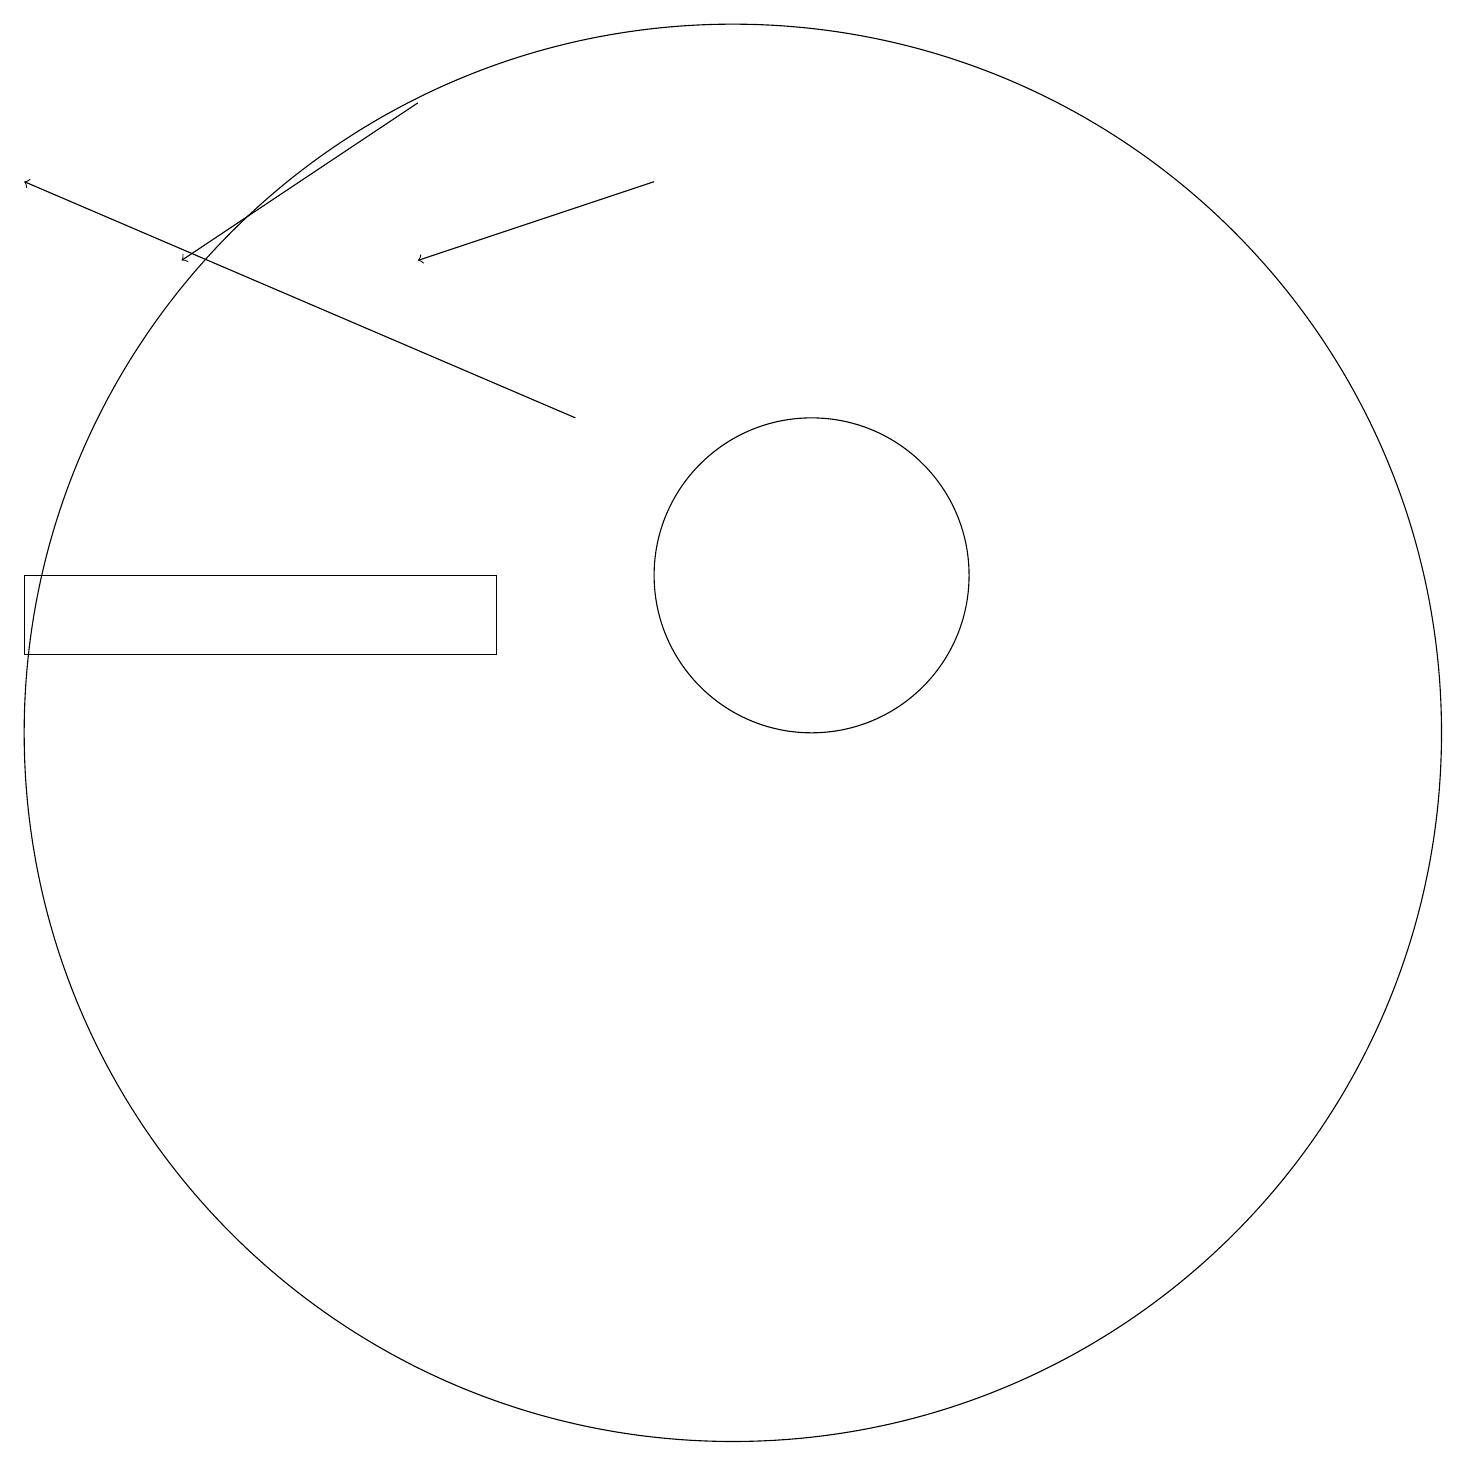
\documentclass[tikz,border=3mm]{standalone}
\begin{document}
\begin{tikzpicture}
\draw (10,10) circle (9);
\draw[->] (6,18) -- (3,16);
\draw (7,11) rectangle (1,12);
\draw[->] (9,17) -- (6,16);
\draw (11,12) circle (2);
\draw[->] (8,14) -- (1,17);
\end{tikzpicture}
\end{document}